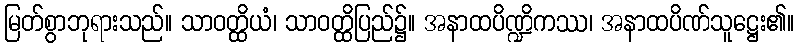
မြတ်စွာဘုရားသည်။ သာဝတ္ထိယံ၊ သာဝတ္ထိပြည်၌။ အနာထပိဏ္ဍိကဿ၊ အနာထပိဏ်သူဋ္ဌေး၏။